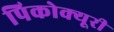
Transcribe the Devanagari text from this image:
पिकोक्यूरी